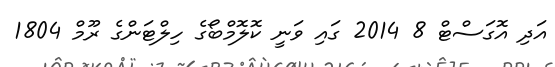
އަދި އޮގަސްޓް 8 2014 ގައި ވަނީ ކޮލޮމްބޯގެ ހިލްޓަންގެ ރޫމް 1804